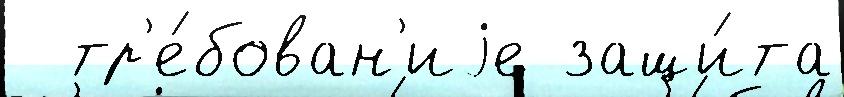
  тр'е́бован'иjе защи́та